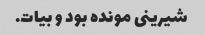
شیرینی مونده بود و بیات.